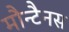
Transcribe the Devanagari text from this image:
मौन्टैनस